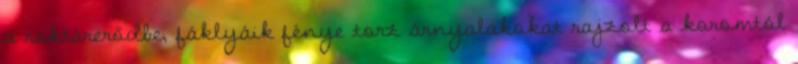
a raktárerődbe, fáklyáik fénye torz árnyalakokat rajzolt a koromtól